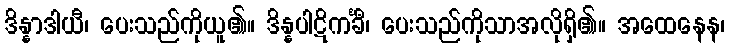
ဒိန္နာဒါယီ၊ ပေးသည်ကိုယူ၏။ ဒိန္နပါဋိကင်္ခီ၊ ပေးသည်ကိုသာအလိုရှိ၏။ အထေနေန၊